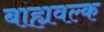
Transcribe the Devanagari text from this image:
बाह्यवल्क